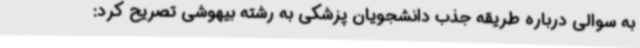
به سوالی درباره طریقه جذب دانشجویان پزشکی به رشته بیهوشی تصریح کرد: